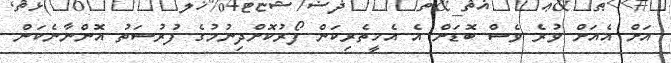
އަށް އެއަށް ވުރެ ވެސް ބޮޑަށް އެ އެހީތެރިކަން ފޯރުކޮށްދިނުމުގެ ފުރުސަތު އޮންނާނެކަން